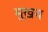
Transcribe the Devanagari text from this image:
मुख़य